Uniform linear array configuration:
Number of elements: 16
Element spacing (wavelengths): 0.5
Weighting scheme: binomial
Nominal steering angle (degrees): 30
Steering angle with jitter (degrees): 30.108
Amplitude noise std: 0.05
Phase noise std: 0.05

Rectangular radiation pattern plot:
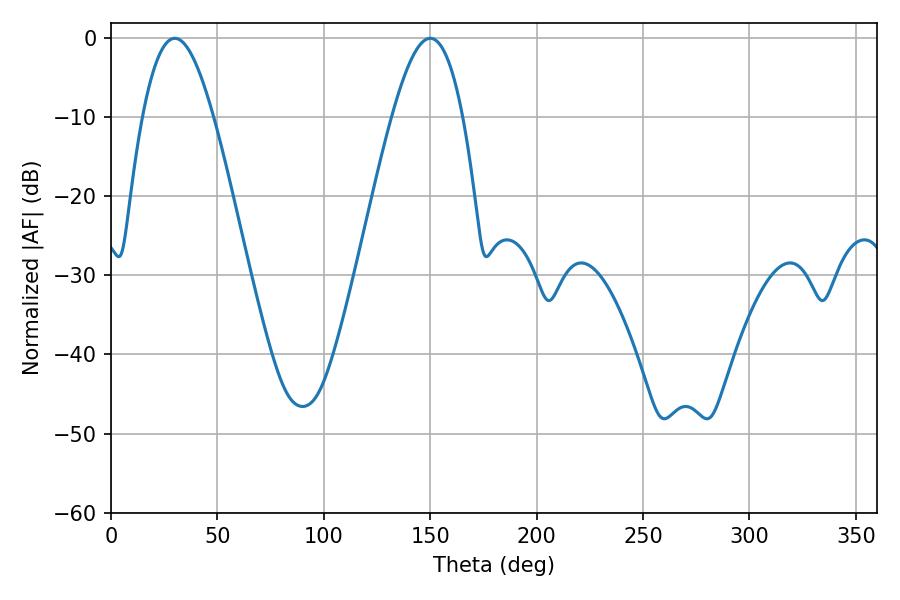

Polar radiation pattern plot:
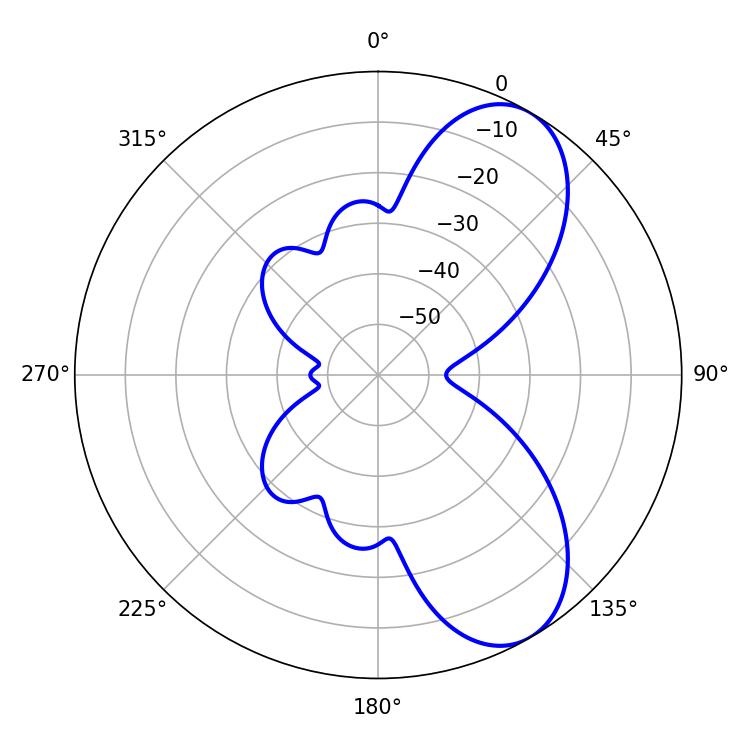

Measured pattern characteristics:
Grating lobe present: FALSE
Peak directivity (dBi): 7.621
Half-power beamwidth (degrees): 18
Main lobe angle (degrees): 30.06